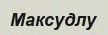
Максудлу